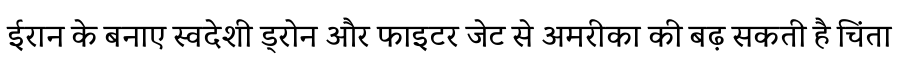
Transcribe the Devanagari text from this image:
ईरान के बनाए स्वदेशी ड्रोन और फाइटर जेट से अमरीका की बढ़ सकती है चिंता